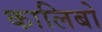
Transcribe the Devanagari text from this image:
कालिबो